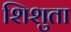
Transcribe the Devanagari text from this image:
शिशुता